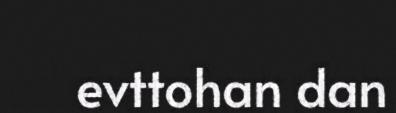
evttohan dan